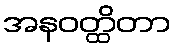
အနဝတ္ထိတာ